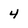
Character: 4